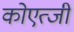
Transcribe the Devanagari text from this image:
कोएत्जी